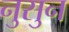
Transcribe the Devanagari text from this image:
नुसुन